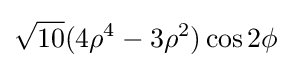
{\sqrt {10}}(4\rho ^{4}-3\rho ^{2})\cos 2\phi